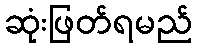
ဆုံးဖြတ်ရမည်